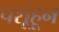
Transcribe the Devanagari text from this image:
पशूंहून